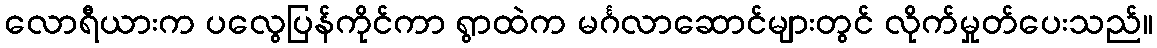
လောရီယားက ပလွေပြန်ကိုင်ကာ ရွာထဲက မင်္ဂလာဆောင်များတွင် လိုက်မှုတ်ပေးသည်။